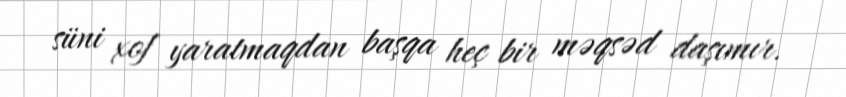
süni xof yaratmaqdan başqa heç bir məqsəd daşımır.